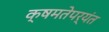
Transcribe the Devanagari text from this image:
क्षमतेपर्यंत